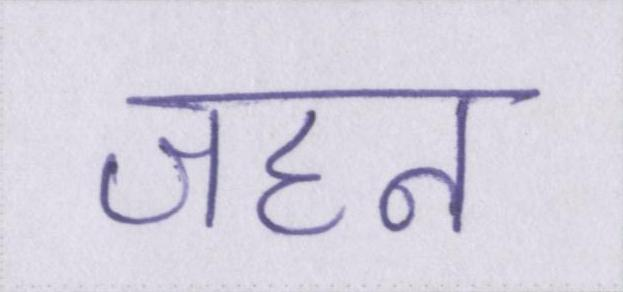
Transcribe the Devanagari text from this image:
जहन